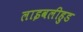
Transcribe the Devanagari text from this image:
लाइवलीहुड